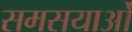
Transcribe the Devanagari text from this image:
समसयाओं